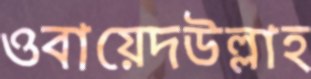
ওবায়েদউল্লাহ